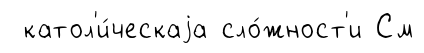
катол'и́ческаjа сло́жност'и См